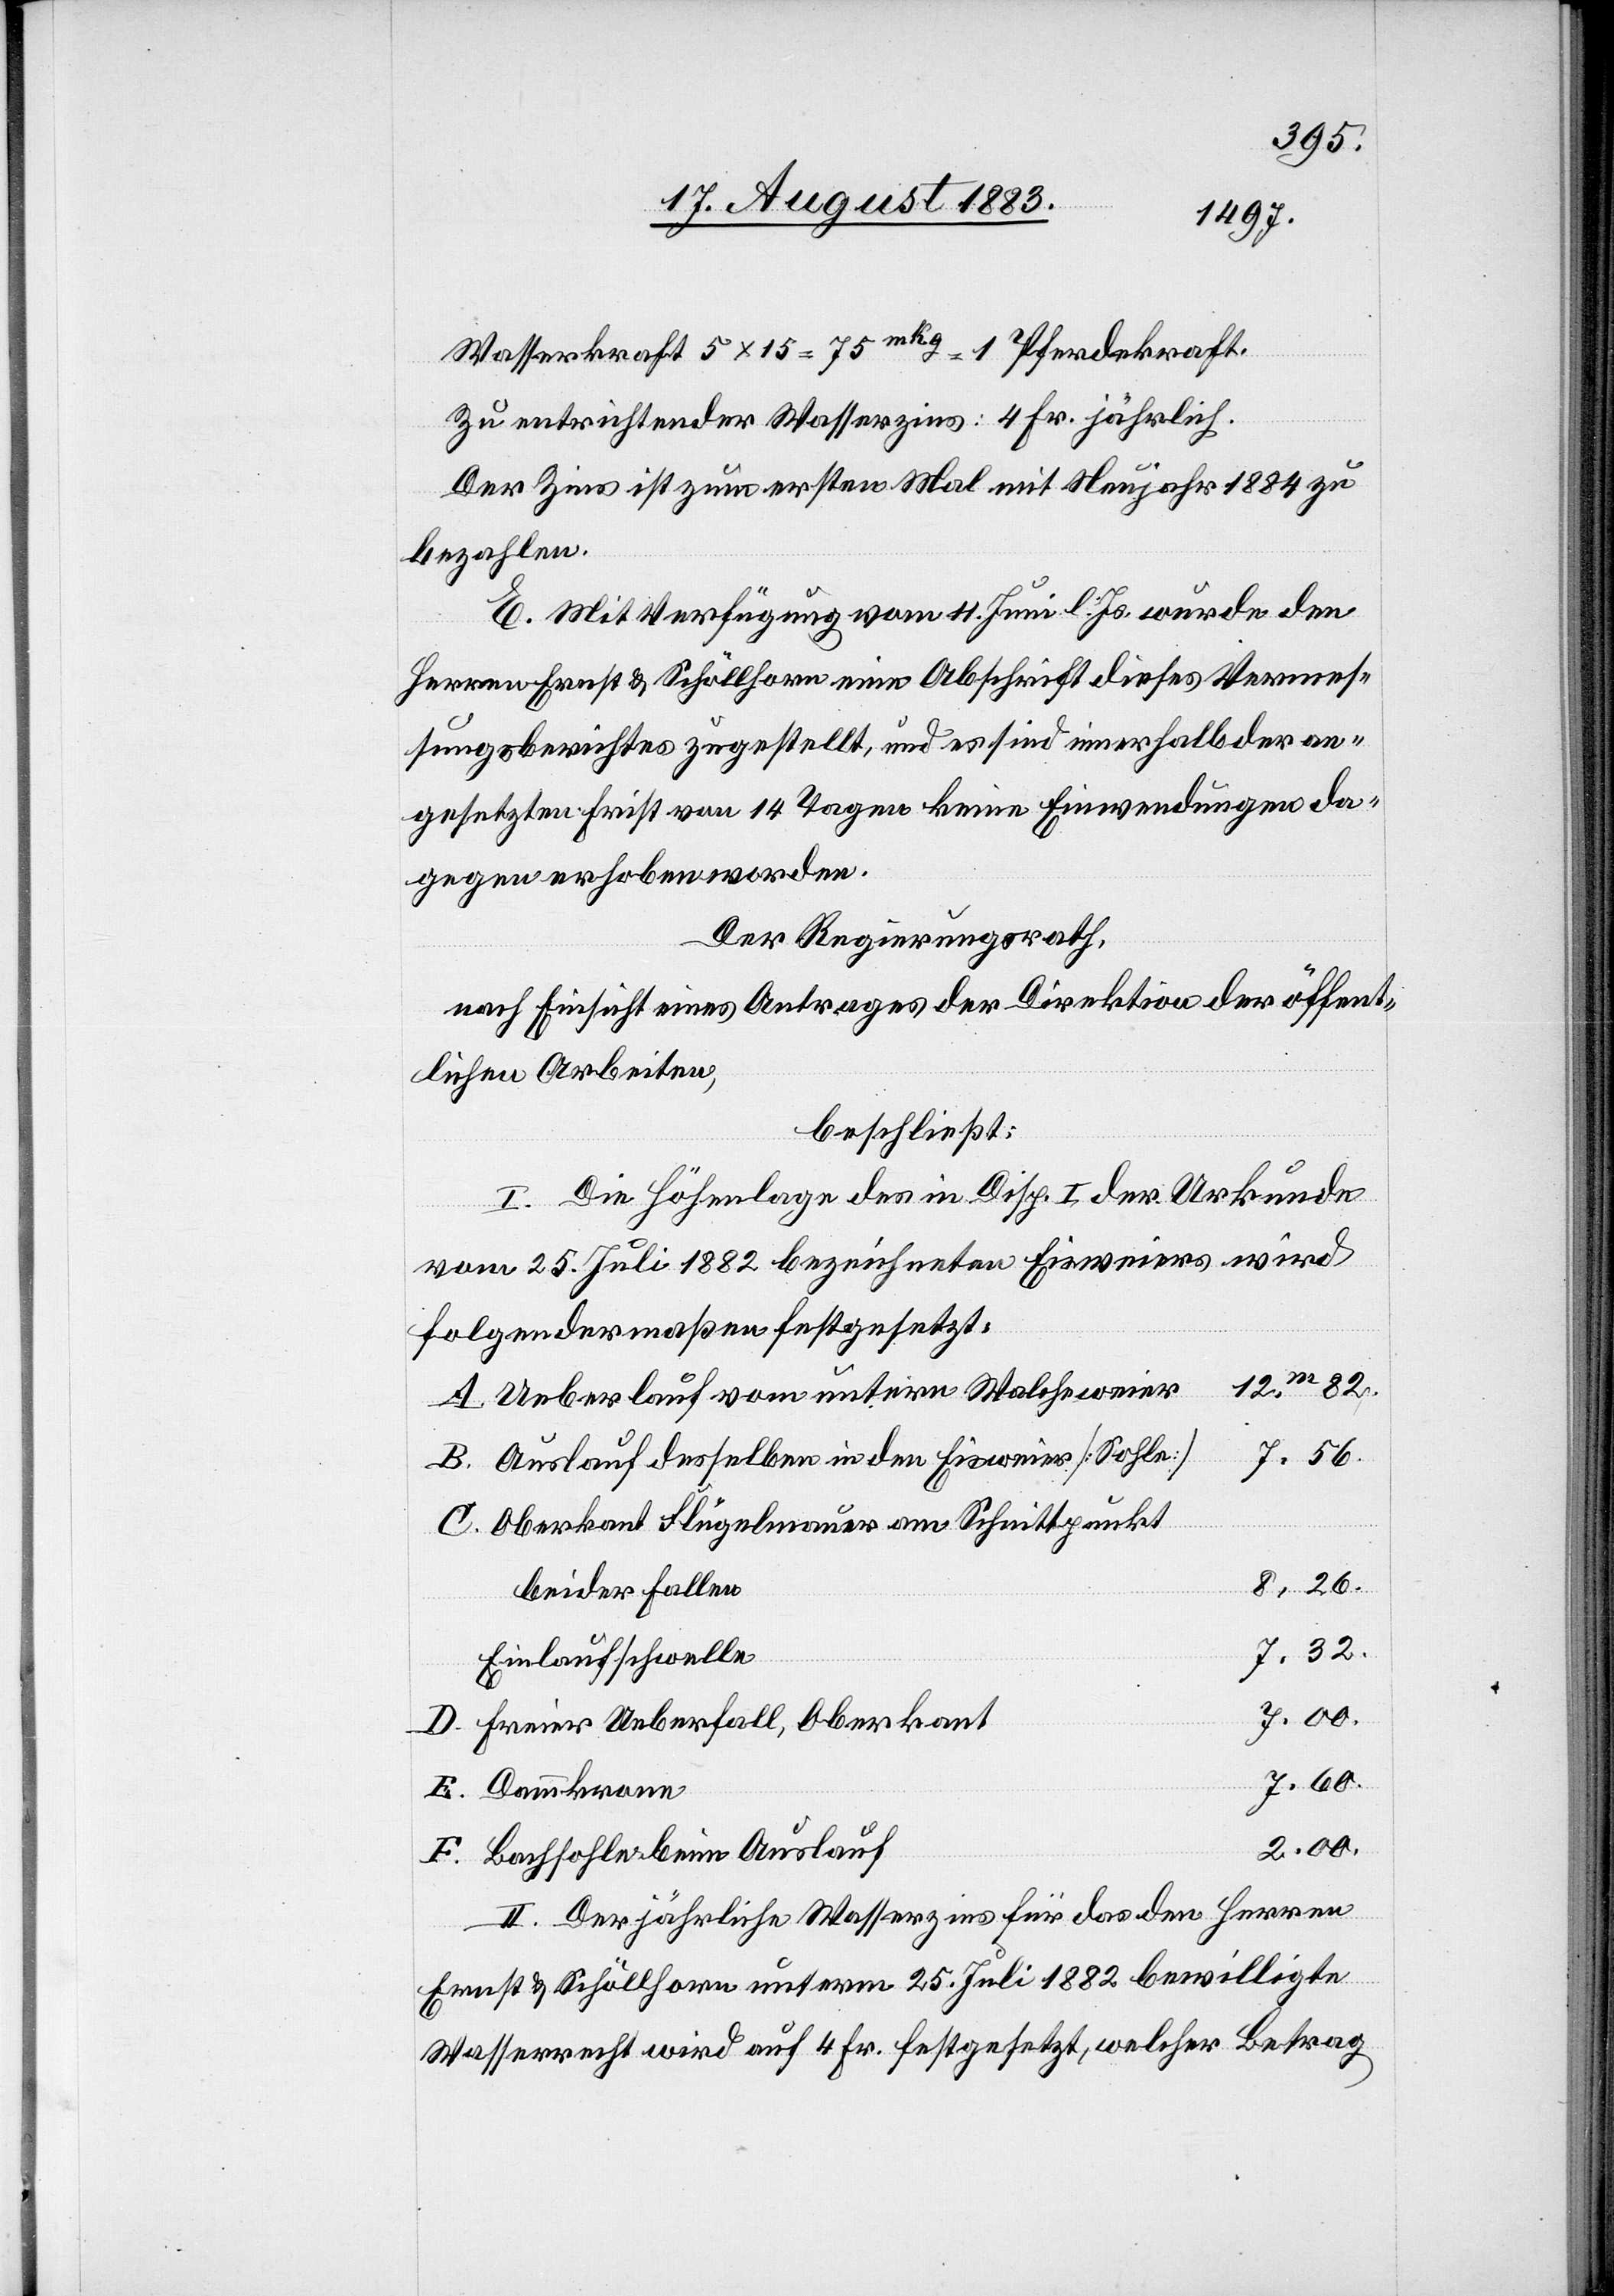
2.
Wasserkraft 5 x 15 = 75mkg = 1 Pferdekraft.
Zu entrichtender Wasserzins: 4 Fr. jährlich.
Der Zins ist zum ersten Mal mit Neujahr 1884 zu
bezahlen.
E. Mit Verfügung vom 11. Juni l. Js. wurde den
Herren Ernst & Schöllhorn eine Abschrift dieses Vermes¬
sungsberichtes zugestellt, und es sind innerhalb der an¬
gesetzten Frist von 14 Tagen keine Einwendungen da¬
gegen erhoben worden.
Der Regierungsrath,
nach Einsicht eines Antrages der Direktion der öffent¬
lichen Arbeiten,
beschließt:
I. Die Höhenlage des in Disp. I der Urkunde
vom 25. Juli 1882 bezeichneten Eisweiers wird
folgendermaßen festgesetzt:
82.
Ueberlauf vom untern Walcheweier
Auslauf desselben in der Eisweier [Sohle]
Oberkant[e] Flügelmauer am Schnittpunkt
beider Fallen
Einlaufschwelle
Freier Ueberfall, Oberkant[e]
Bachsohle beim Auslauf
II. Der jährliche Wasserzins für das den Herren
Ernst & Schöllhorn unterm 25. Juli 1882 bewilligte
Wasserrecht wird auf 4 Fr. festgesetzt, welcher Betrag